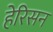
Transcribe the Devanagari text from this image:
हेरिसन